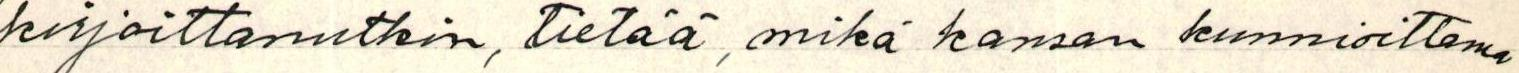
kirjoittanutkin, tietää, mikä kansan kunnioittama